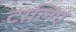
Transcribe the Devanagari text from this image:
टालिए